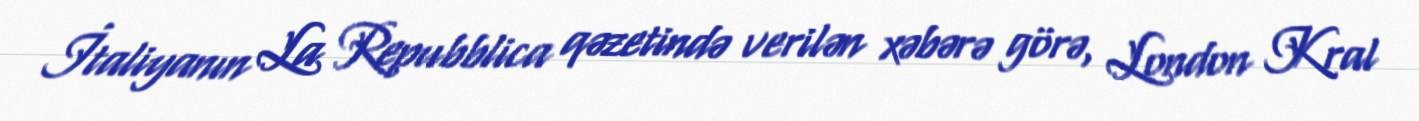
İtaliyanın La Repubblica qəzetində verilən xəbərə görə, London Kral